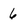
Character: 6